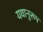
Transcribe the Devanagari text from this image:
यथानुरूप